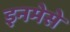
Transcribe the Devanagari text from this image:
इनमेसे